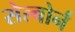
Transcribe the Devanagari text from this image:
सेल्बोर्न